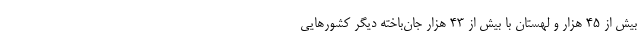
بیش از ۴۵ هزار و لهستان با بیش از ۴۳ هزار جان‌باخته دیگر کشورهایی